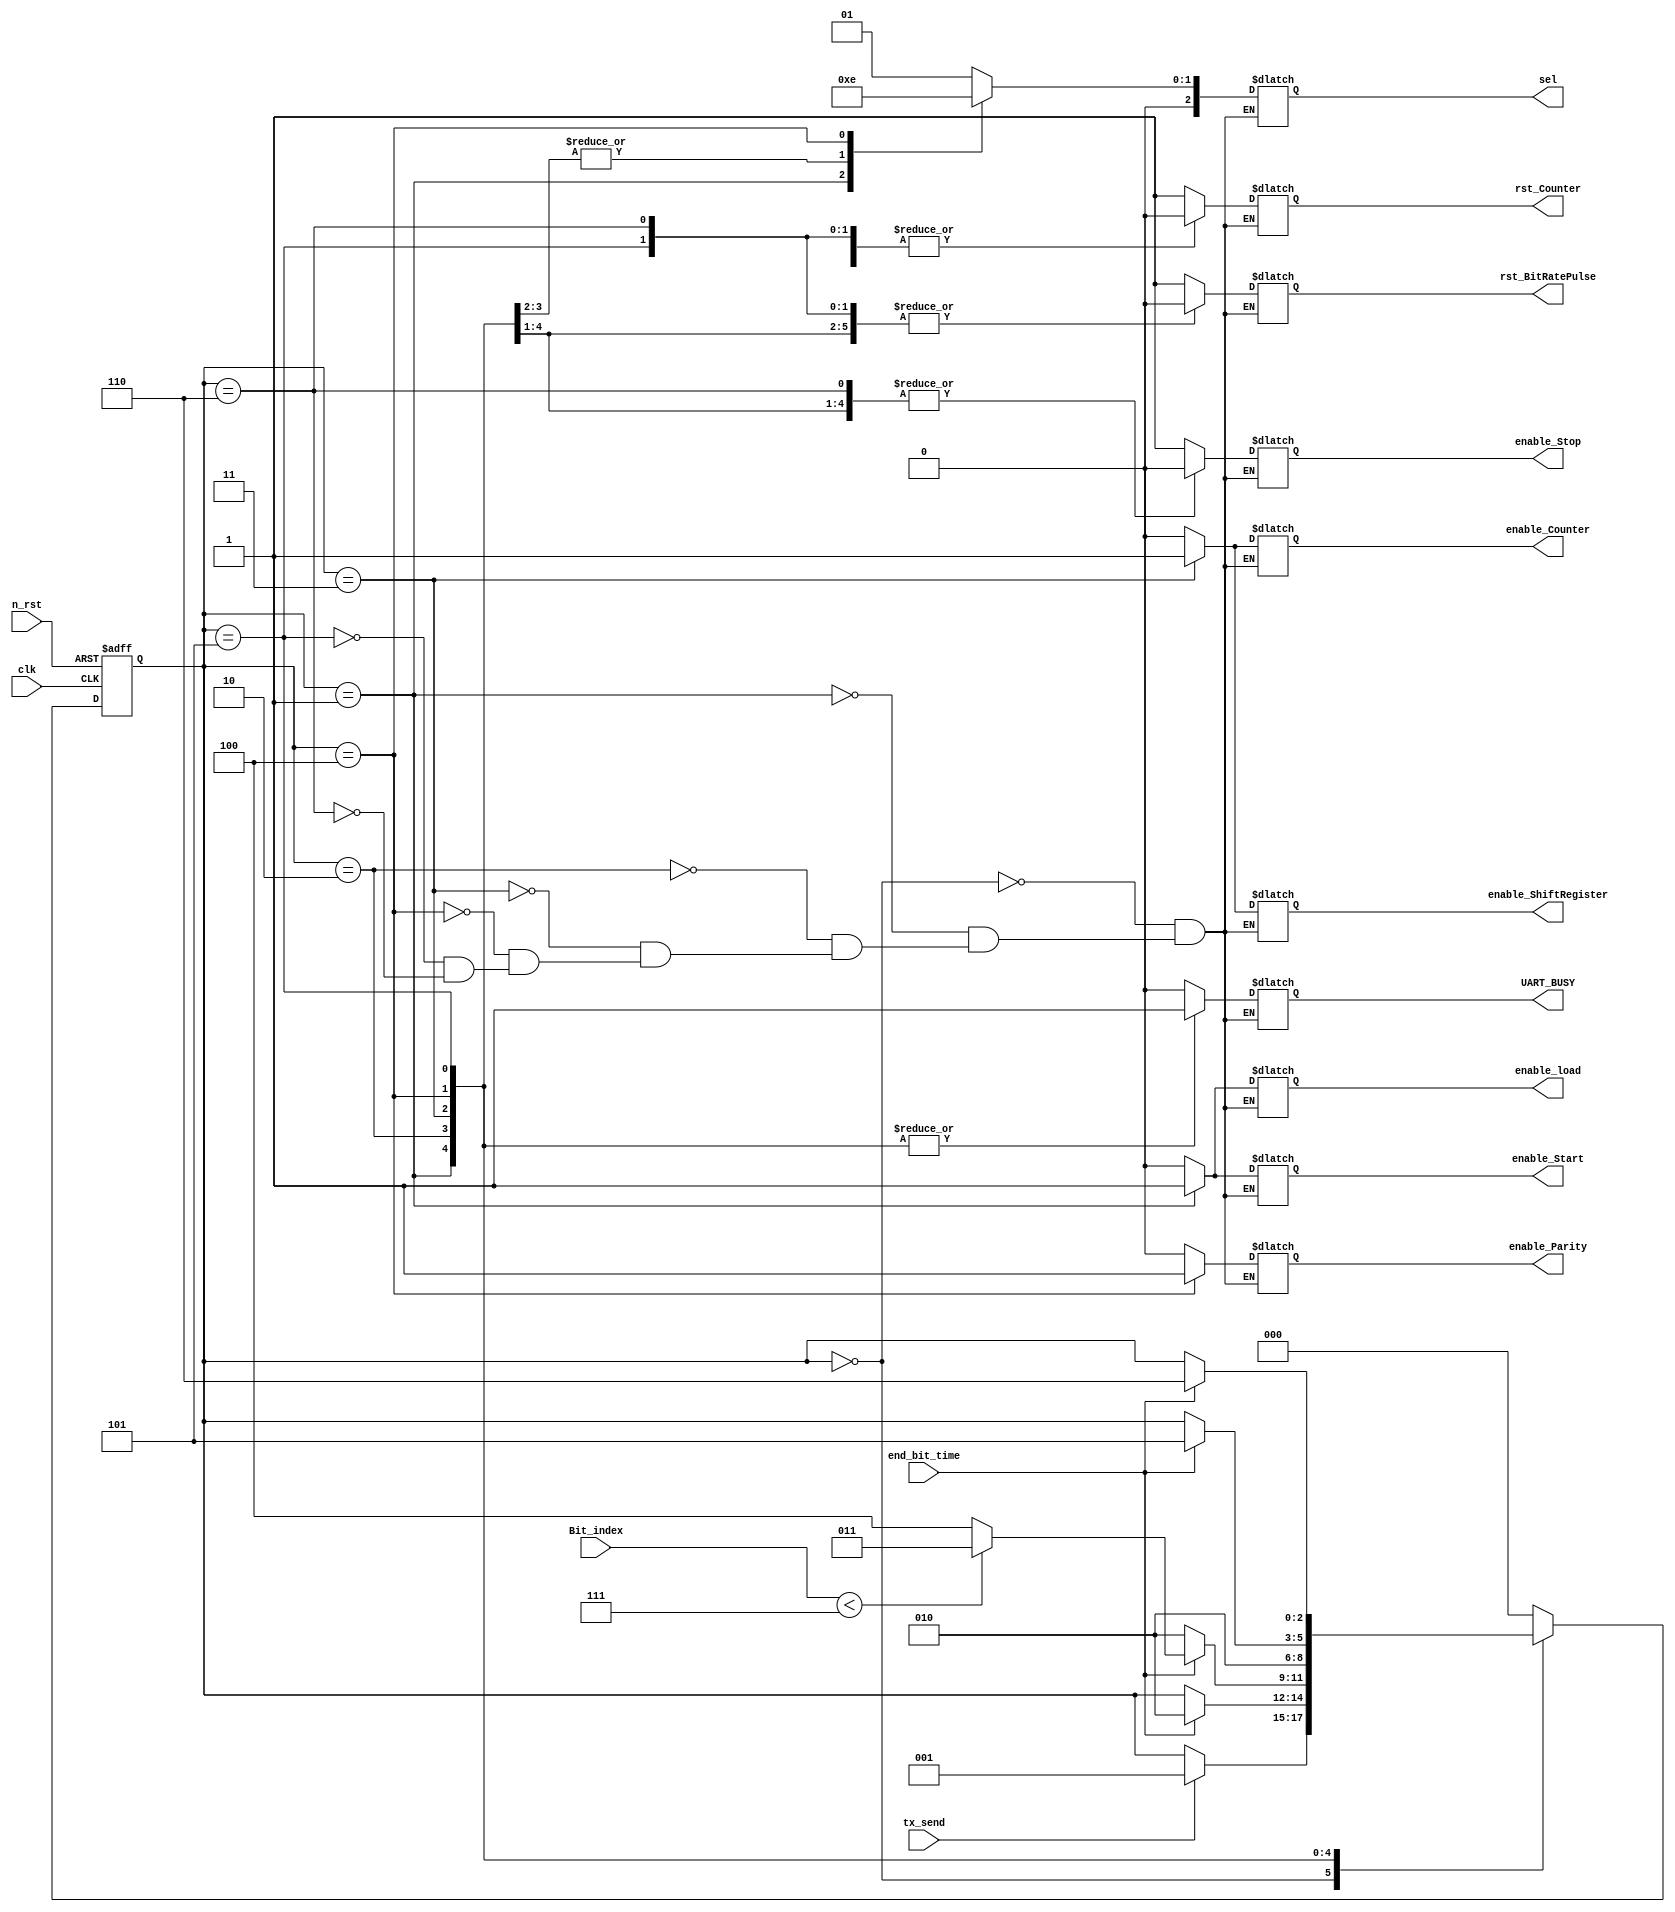
module FSM_UART_Tx (
//Entradas y salidas de la FSM
input clk, n_rst, tx_send, end_bit_time,
input [2:0] Bit_index,
output reg rst_BitRatePulse, rst_Counter, enable_Counter, enable_ShiftRegister, enable_Parity, enable_Stop, enable_Start, enable_load, UART_BUSY,
output reg [2:0] sel
);

//Estados de la FSM
parameter s_IDLE         = 3'b000;
parameter s_TX_START_BIT = 3'b001;
parameter s_TX_DATA_BIT_PROCESSING = 3'b010;
parameter s_ADD_BIT_INDEX = 3'b011;
parameter s_TX_PARITY_BIT  = 3'b100;
parameter s_TX_STOP_BIT  = 3'b101;
parameter s_DONE      = 3'b110;

reg [2:0] Tx_state = 3'b000;

//Funcionamiento de la maquina de estados
always@ (posedge clk, posedge n_rst)
begin
	if (n_rst)
		Tx_state <= s_IDLE;
	else
	case (Tx_state)
		//Aqui estara esperando a que le lleguen datos
		s_IDLE: 
			if (tx_send)
				Tx_state <= s_TX_START_BIT;
		//Empieza a enviar datos
		s_TX_START_BIT:
			if (end_bit_time)
				Tx_state <= s_TX_DATA_BIT_PROCESSING;
		//Hace shift de la trama de datos	
		s_TX_DATA_BIT_PROCESSING:
			if (end_bit_time)
				if (Bit_index < 7)
					Tx_state <= s_ADD_BIT_INDEX;
				else
					Tx_state <= s_TX_PARITY_BIT;
			else
				Tx_state <= s_TX_DATA_BIT_PROCESSING;
		//Envia el siguiente bit		
		s_ADD_BIT_INDEX:
			Tx_state <= s_TX_DATA_BIT_PROCESSING;
		//Envia el bit de paridad
		s_TX_PARITY_BIT:
			if (end_bit_time)
				Tx_state <= s_TX_STOP_BIT;
		//Envia el stop
		s_TX_STOP_BIT:
			if (end_bit_time)
				Tx_state <= s_DONE;
		//Pone todo en modo default
		s_DONE:
			Tx_state <= s_IDLE;
		default:
			Tx_state <= s_IDLE;
	endcase
		
end

//Que es lo que habilita cada estado
always @(Tx_state)
begin
	case (Tx_state)
		s_IDLE: 
			begin
			rst_BitRatePulse = 1'b1;
			rst_Counter = 1'b1;
			enable_Counter = 1'b0;
			enable_ShiftRegister = 1'b0;
			enable_Parity = 1'b0;
			enable_Stop = 1'b1;
			enable_Start = 1'b0;
			sel = 2'b01;
			enable_load = 1'b0;
			UART_BUSY = 1'b0;
			end
		
		s_TX_START_BIT:
			begin
			rst_BitRatePulse = 1'b0;
			rst_Counter = 1'b0;
			enable_Counter = 1'b0;
			enable_ShiftRegister = 1'b0;
			enable_Parity = 1'b0;
			enable_Stop = 1'b0;
			enable_Start = 1'b1;
			sel = 2'b00;
			enable_load = 1'b1;
			UART_BUSY = 1'b1;
			end		
			
		s_TX_DATA_BIT_PROCESSING:
			begin
			rst_BitRatePulse = 1'b0;
			rst_Counter = 1'b0;
			enable_Counter = 1'b0;
			enable_ShiftRegister = 1'b0;
			enable_Parity = 1'b0;
			enable_Stop = 1'b0;
			enable_Start = 1'b0;
			sel = 2'b11;
			enable_load = 1'b0;
			UART_BUSY = 1'b1;
			end
			
		s_ADD_BIT_INDEX:
			begin
			rst_BitRatePulse = 1'b0;
			rst_Counter = 1'b0;
			enable_Counter = 1'b1;
			enable_ShiftRegister = 1'b1;
			enable_Parity = 1'b0;
			enable_Stop = 1'b0;
			enable_Start = 1'b0;
			sel = 2'b11;
			enable_load = 1'b0;
			UART_BUSY = 1'b1;
			end

		s_TX_PARITY_BIT:
			begin
			rst_BitRatePulse = 1'b0;
			rst_Counter = 1'b1;
			enable_Counter = 1'b0;
			enable_ShiftRegister = 1'b0;
			enable_Parity = 1'b1;
			enable_Stop = 1'b0;
			enable_Start = 1'b0;
			sel = 2'b10;
			enable_load = 1'b0;
			UART_BUSY = 1'b1;
			end

		s_TX_STOP_BIT:
			begin
			rst_BitRatePulse = 1'b0;
			rst_Counter = 1'b0;
			enable_Counter = 1'b0;
			enable_ShiftRegister = 1'b0;
			enable_Parity = 1'b0;
			enable_Stop = 1'b1;
			enable_Start = 1'b0;
			sel = 2'b01;
			enable_load = 1'b0;
			UART_BUSY = 1'b1;
			end
			
		s_DONE:
			begin
			rst_BitRatePulse = 1'b0;
			rst_Counter = 1'b0;
			enable_Counter = 1'b0;
			enable_ShiftRegister = 1'b0;
			enable_Parity = 1'b0;
			enable_Stop = 1'b0;
			enable_Start = 1'b0;
			sel = 2'b01;
			enable_load = 1'b0;
			UART_BUSY = 1'b0;
			end
	endcase
end
endmodule